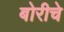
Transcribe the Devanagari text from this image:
बोरीचे